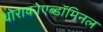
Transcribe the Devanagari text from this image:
थोराकोएब्डॉमिनल